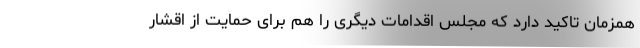
همزمان تاکید دارد که مجلس اقدامات دیگری را هم برای حمایت از اقشار